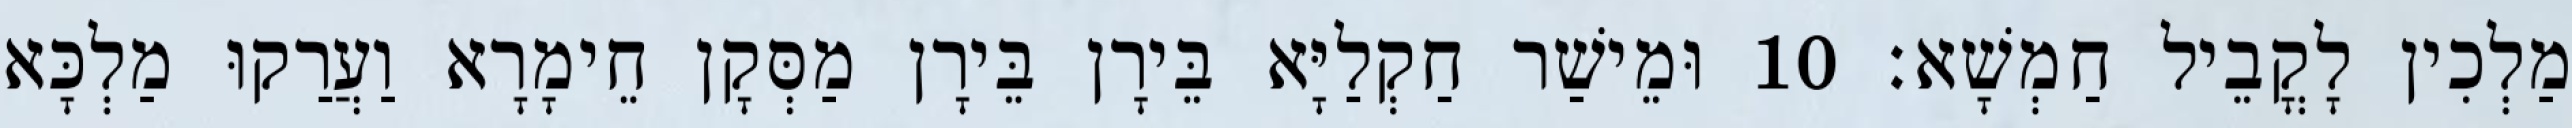
מַלְכִין לָקֳבֵיל חַמְשָׁא׃ 10 וּמֵישַׁר חַקְלַיָּא בֵּירָן בֵּירָן מַסְּקָן חֵימָרָא וַעֲרַקוּ מַלְכָּא